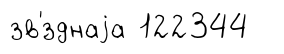
зв'́зднаjа 122344